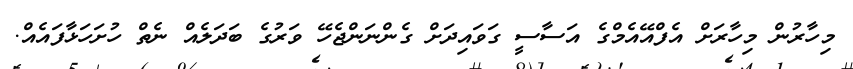
މިހާރުން މިހާރަށް އެފްއޭއެމްގެ އަސާސީ ގަވައިދަށް ގެންނަންޖެހޭ ވަރުގެ ބަދަލެއް ނެތް ހުށަހަޅާފައެއް.